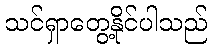
သင်ရှာတွေ့နိုင်ပါသည်